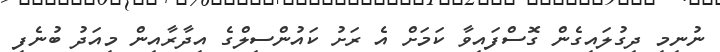
ނުނިމި ދިގުލައިގެން ގޮސްފައިވާ ކަމަށް އެ ރަށު ކައުންސިލްގެ އިދާރާއިން މިއަދު ބުނެފި